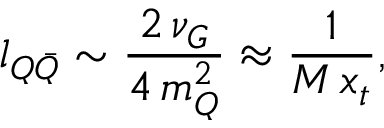
l _ { Q \bar { Q } } \sim \frac { 2 \, \nu _ { G } } { 4 \, m _ { Q } ^ { 2 } } \approx \frac { 1 } { M \, x _ { t } } ,